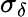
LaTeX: \sigma_{\delta}